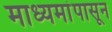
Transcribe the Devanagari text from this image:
माध्यमांपासून